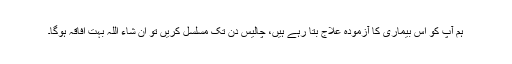
ہم آپ کو اس بیماری کا آزمودہ علاج بتا رہے ہیں، چالیس دن تک مسلسل کریں تو ان شاء اللہ بہت افاقہ ہوگا۔